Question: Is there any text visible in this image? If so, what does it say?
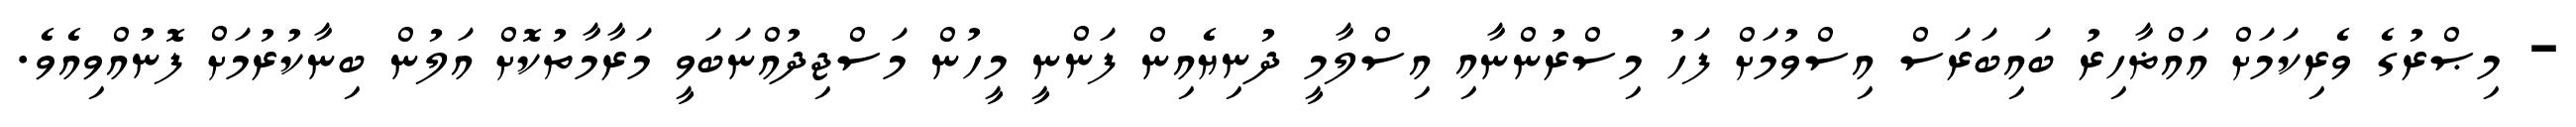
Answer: - މިޞްރުގެ ވެރިކަމަށް އައްޡާހިރު ބައިބަރަސް އިސްވުމަށް ފަހު މިސްރުންނާއި އިސްލާމީ ދުނިޔެއިން ފަންނީ މީހުން މަސްޖިދުއްނަބަވީ މަރާމާތުކޮށް އަލުން ބިނާކުރުމަށް ފޮނުއްވިއެވެ.